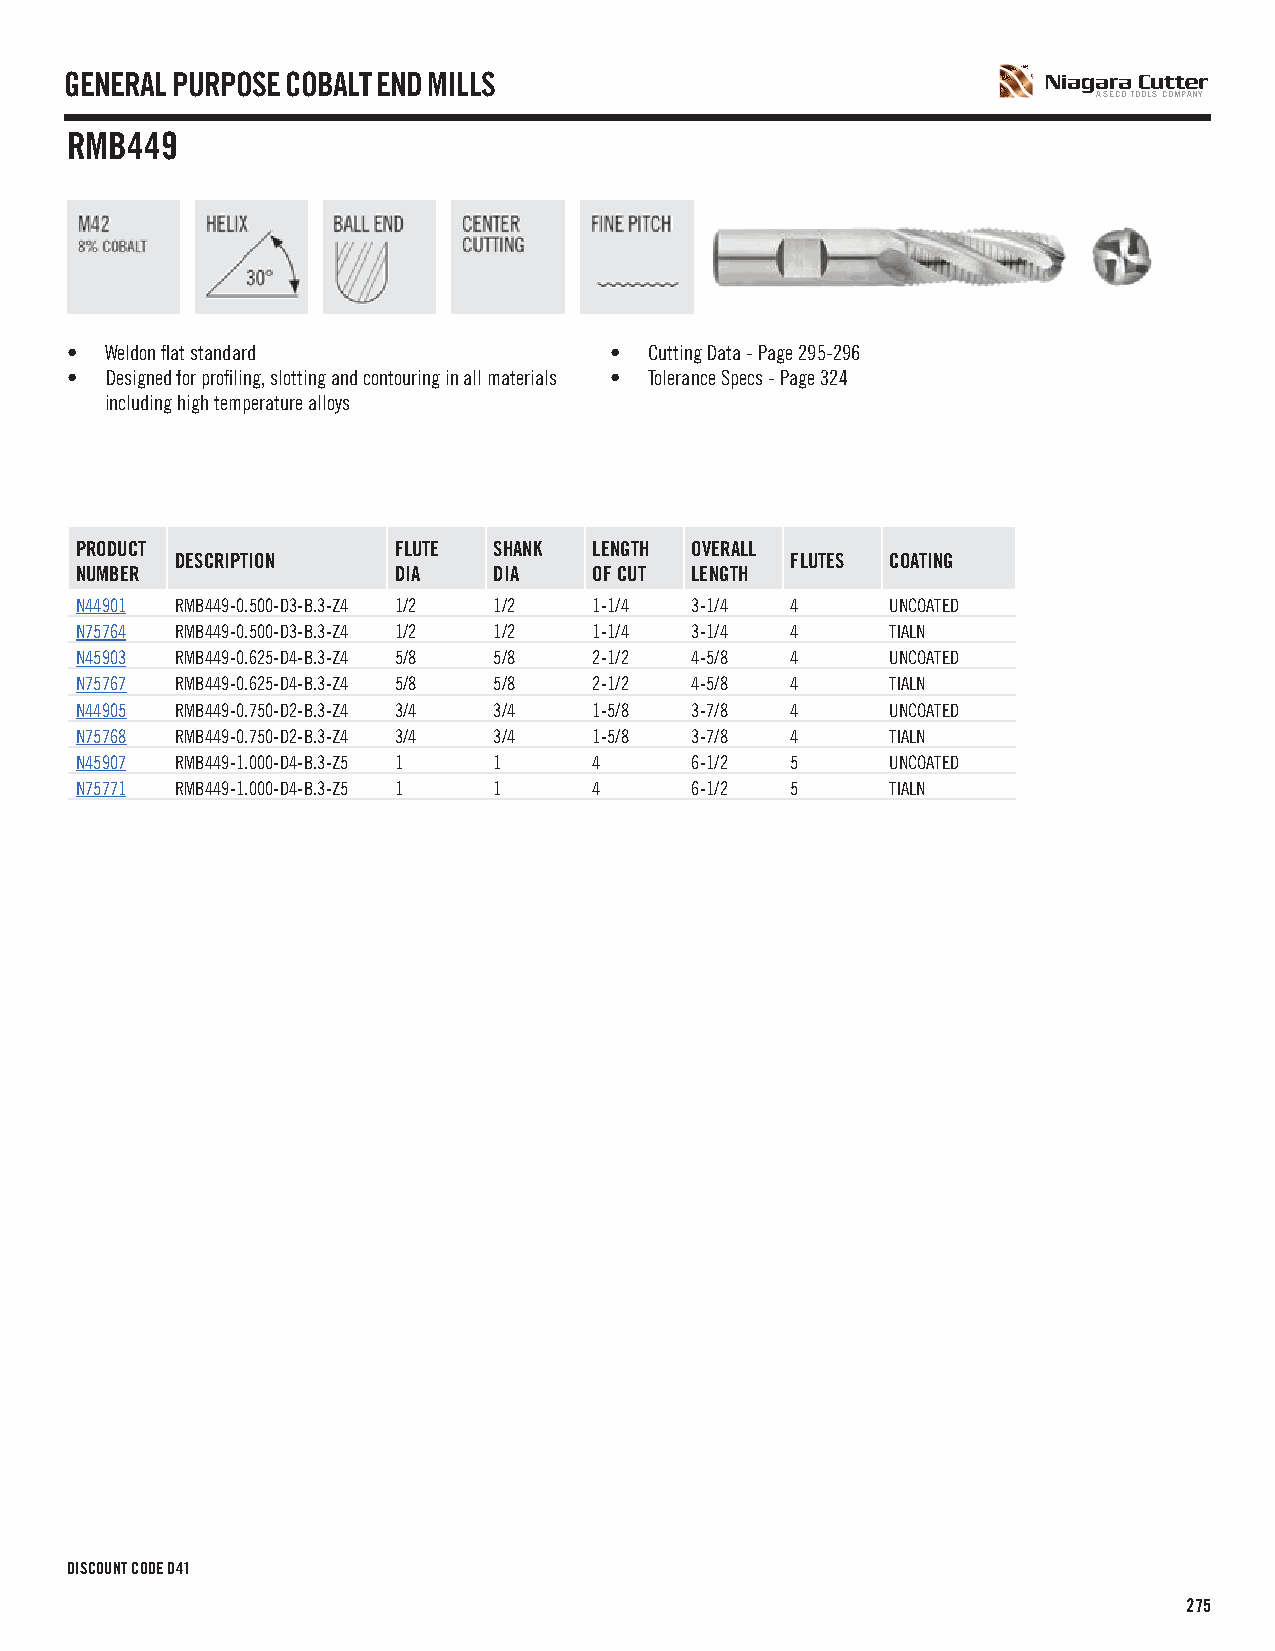
GENERAL PURPOSE COBALT END MILLS
 A SECO TOOLS COMPANY
 RMB449
 •  Weldon flat standard             •  Cutting Data - Page 295-296
 •  Designed for profiling, slotting and contouring in all materials • Tolerance Specs - Page 324
 including high temperature alloys
 PRODUCT              FLUTE  SHANK LENGTH OVERALL
 DESCRIPTION                             FLUTES COATING
 NUMBER               DIA    DIA   OF CUT LENGTH
 N44901 RMB449-0.500-D3-B.3-Z4 1/2 1/2 1-1/4 3-1/4 4   UNCOATED
 N75764 RMB449-0.500-D3-B.3-Z4 1/2 1/2 1-1/4 3-1/4 4   TIALN
 N45903 RMB449-0.625-D4-B.3-Z4 5/8 5/8 2-1/2 4-5/8 4   UNCOATED
 N75767 RMB449-0.625-D4-B.3-Z4 5/8 5/8 2-1/2 4-5/8 4   TIALN
 N44905 RMB449-0.750-D2-B.3-Z4 3/4 3/4 1-5/8 3-7/8 4   UNCOATED
 N75768 RMB449-0.750-D2-B.3-Z4 3/4 3/4 1-5/8 3-7/8 4   TIALN
 N45907 RMB449-1.000-D4-B.3-Z5 1 1 4      6-1/2 5      UNCOATED
 N75771 RMB449-1.000-D4-B.3-Z5 1 1 4      6-1/2 5      TIALN
 DISCOUNT CODE D41
 275